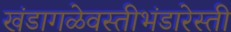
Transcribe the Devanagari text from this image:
खंडागळेवस्तीभंडारेस्ती